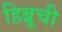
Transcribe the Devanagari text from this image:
हिब्रूची